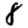
Digit: 8